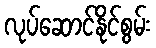
လုပ်ဆောင်နိုင်စွမ်း